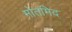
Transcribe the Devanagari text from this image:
मोतमिद